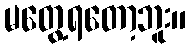
မတွေ့ရတော့ဘူး။